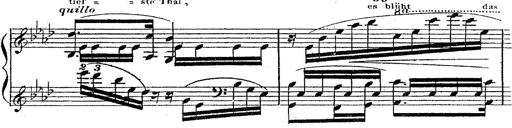
Title: 12 Lieder von Franz Schubert
Composer: Franz Liszt